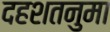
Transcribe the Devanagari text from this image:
दहशतनुमा